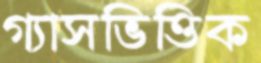
গ্যাসভিত্তিক